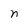
Character: n